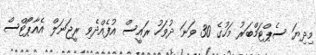
މިދިޔަ ސެޕްޓަމްބަރު މަހުގެ 30 ވަނަ ދުވަހު ރައީސް އުފެއްދެވި ރީޖަނަލް އެއާޕޯޓްސް